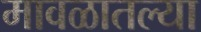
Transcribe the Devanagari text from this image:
मावळातल्या